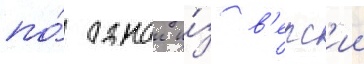
по́ однои и́з в'ерс'ии